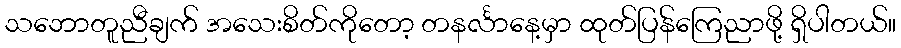
သဘောတူညီချက် အသေးစိတ်ကိုတော့ တနင်္လာနေ့မှာ ထုတ်ပြန်ကြေညာဖို့ ရှိပါတယ်။